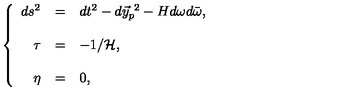
\left\{ \begin{array} { r c l } { d s ^ { 2 } } & { = } & { d t ^ { 2 } - d \vec { y } _ { p } ^ { \ 2 } - H d \omega d \bar { \omega } , } \\ { } & { } & { } \\ { \tau } & { = } & { - 1 / { \cal H } , } \\ { } & { } & { } \\ { \eta } & { = } & { 0 , } \\ \end{array} \right.